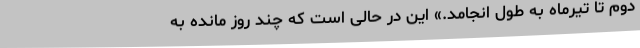
دوم تا تیرماه به طول انجامد.» این در حالی است که چند روز مانده به